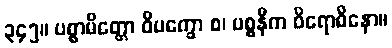
၃၄၅။ ပစ္စာမိတ္တော ဝိပက္ခော စ၊ ပစ္စနီက ဝိရောဓိနော။